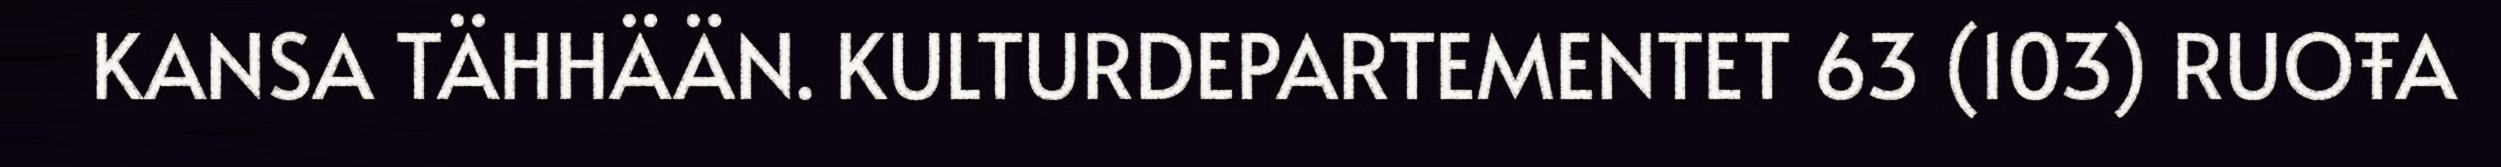
KANSA TÄHHÄÄN. KULTURDEPARTEMENTET 63 (103) RUOŦA